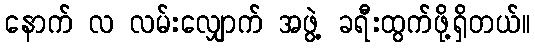
နောက် လ လမ်းလျှောက် အဖွဲ့ ခရီးထွက်ဖို့ရှိတယ်။